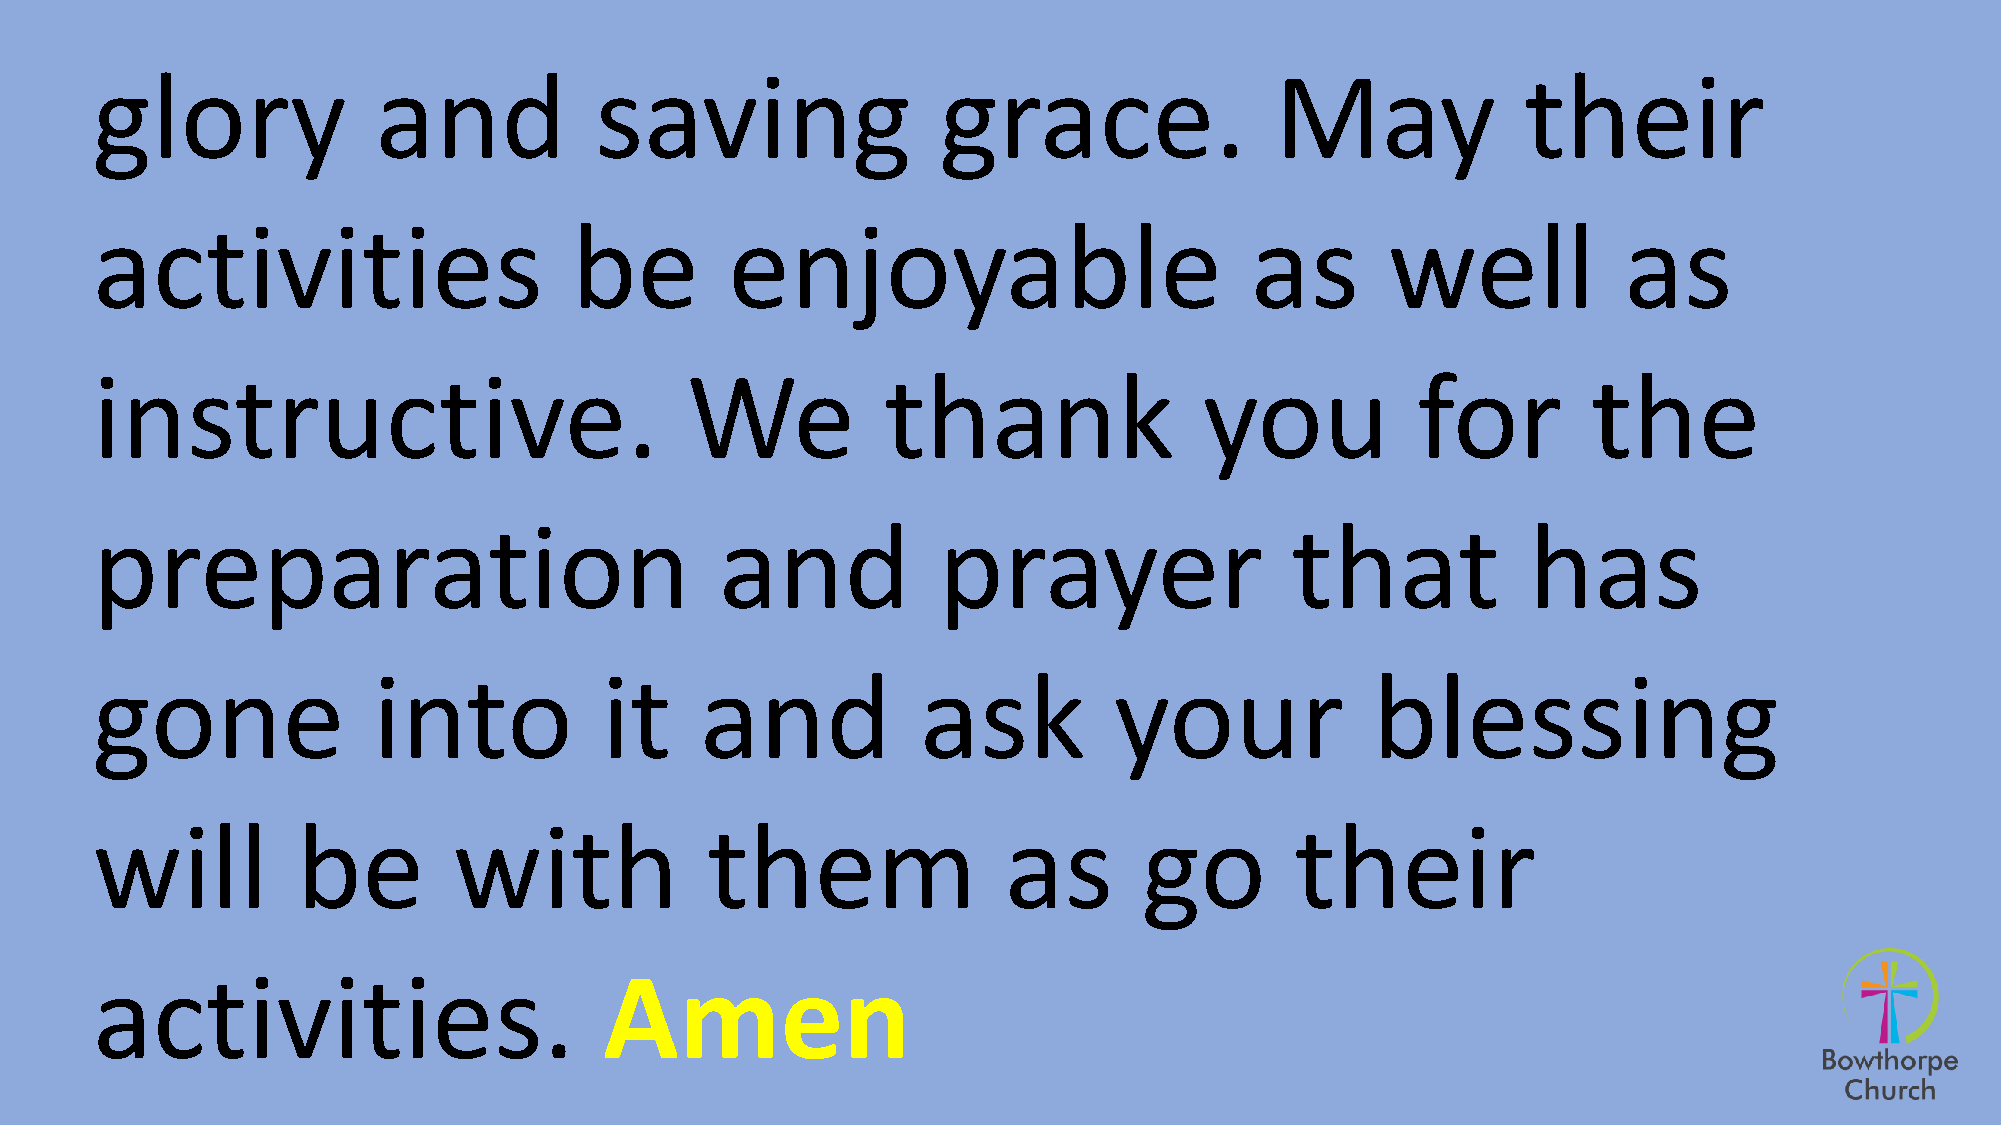
glory              and           saving                 grace.                May              their
 activities                      be        enjoyable                          as       well           as
 instructive.                           We            thank                you           for        the
 preparation                               and           prayer                 that            has
 gone               into           it    and            ask          your             blessing
 will          be        with             them               as        go        their
 activities.                       Amen